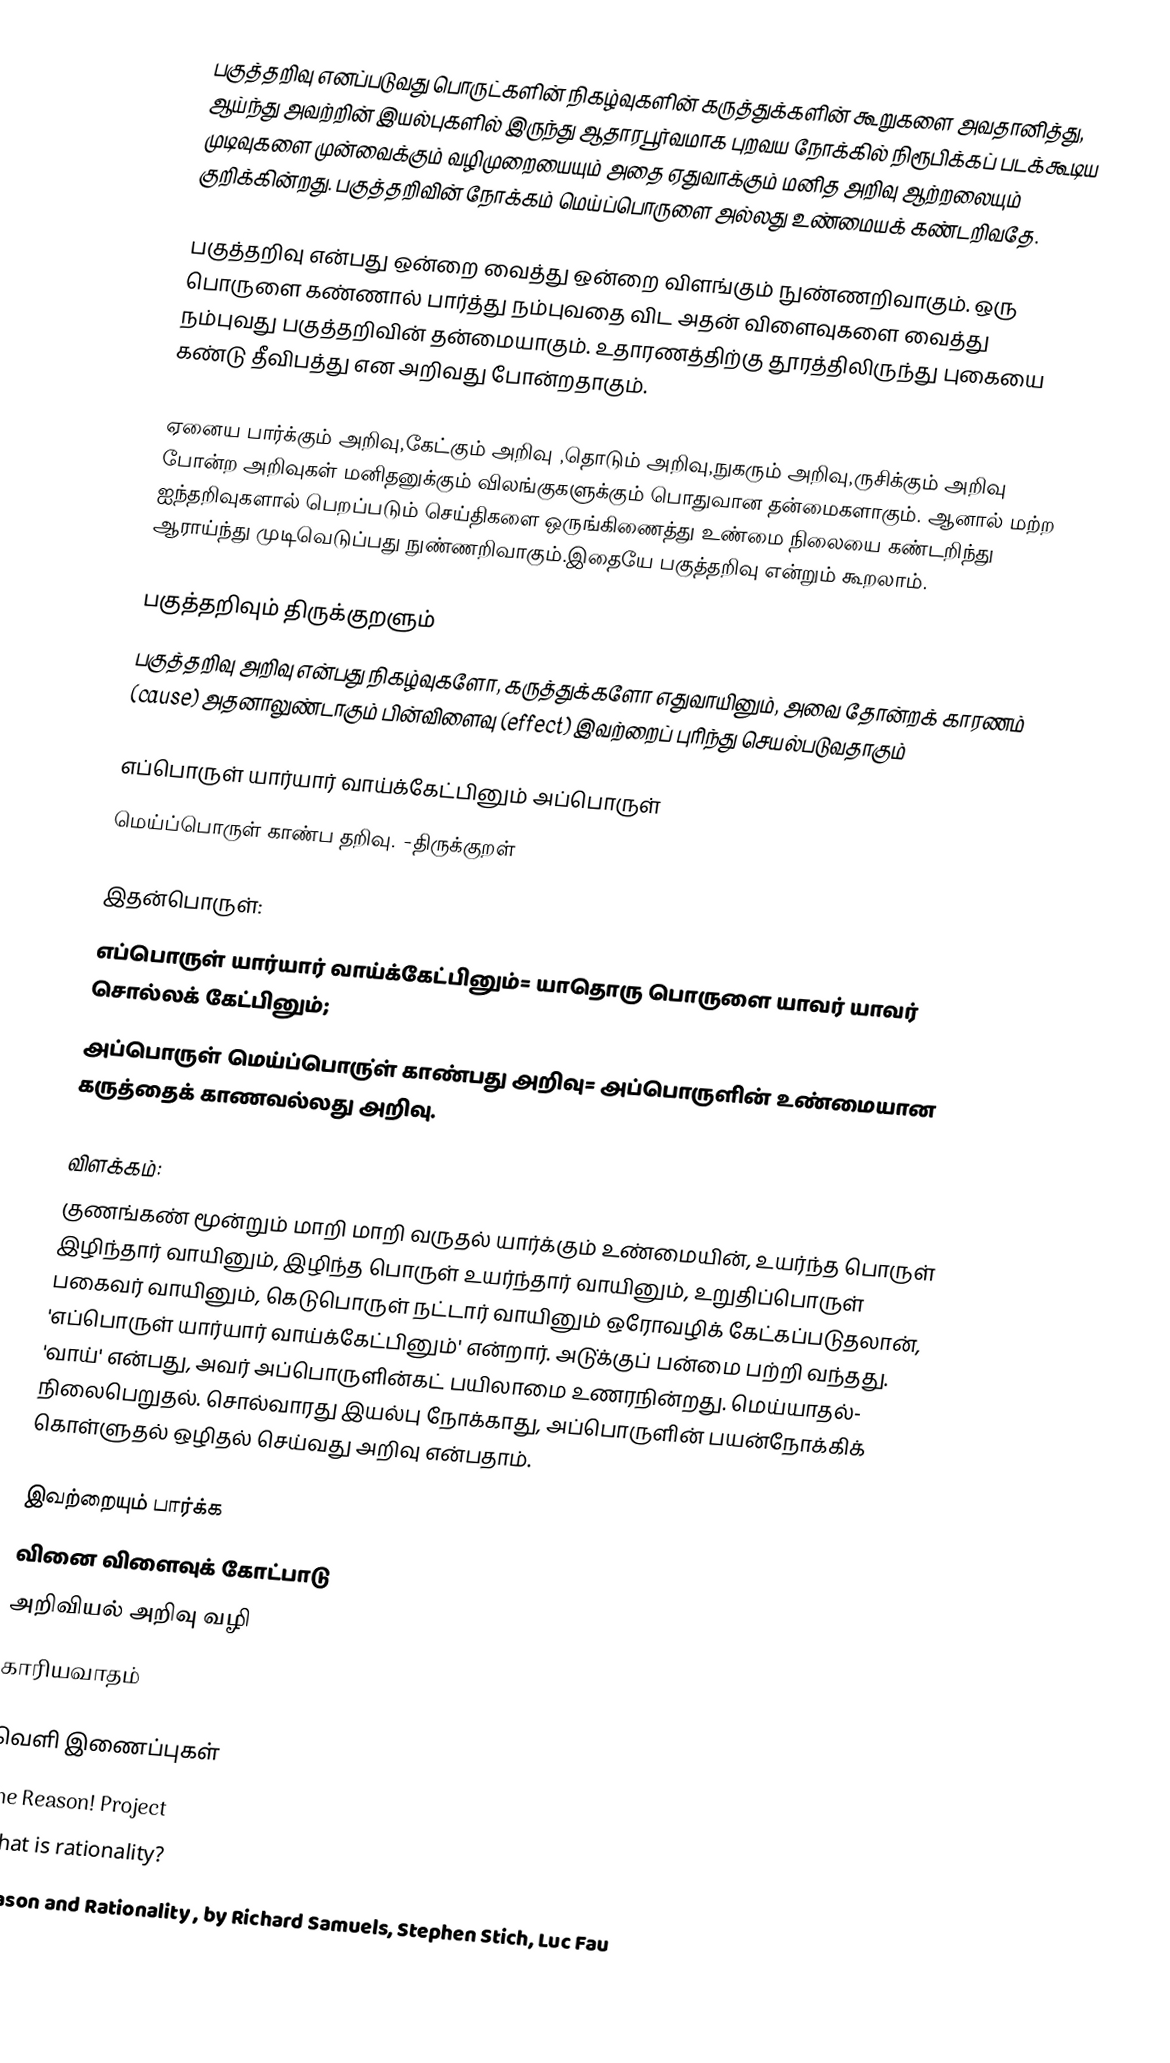
பகுத்தறிவு எனப்படுவது பொருட்களின் நிகழ்வுகளின் கருத்துக்களின் கூறுகளை அவதானித்து, ஆய்ந்து அவற்றின் இயல்புகளில் இருந்து ஆதாரபூர்வமாக புறவய நோக்கில் நிரூபிக்கப் படக்கூடிய முடிவுகளை முன்வைக்கும் வழிமுறையையும் அதை ஏதுவாக்கும் மனித அறிவு ஆற்றலையும் குறிக்கின்றது.  பகுத்தறிவின் நோக்கம் மெய்ப்பொருளை அல்லது உண்மையக் கண்டறிவதே.

பகுத்தறிவு என்பது ஒன்றை வைத்து ஒன்றை விளங்கும் நுண்ணறிவாகும். ஒரு பொருளை கண்ணால் பார்த்து நம்புவதை விட அதன் விளைவுகளை வைத்து நம்புவது பகுத்தறிவின் தன்மையாகும். உதாரணத்திற்கு தூரத்திலிருந்து புகையை கண்டு தீவிபத்து என அறிவது போன்றதாகும்.

ஏனைய பார்க்கும் அறிவு,கேட்கும் அறிவு ,தொடும் அறிவு,நுகரும் அறிவு,ருசிக்கும் அறிவு போன்ற அறிவுகள் மனிதனுக்கும் விலங்குகளுக்கும் பொதுவான தன்மைகளாகும். ஆனால் மற்ற ஐந்தறிவுகளால் பெறப்படும் செய்திகளை ஒருங்கிணைத்து உண்மை நிலையை கண்டறிந்து ஆராய்ந்து முடிவெடுப்பது நுண்ணறிவாகும்.இதையே பகுத்தறிவு என்றும் கூறலாம்.

பகுத்தறிவும் திருக்குறளும்
பகுத்தறிவு அறிவு என்பது நிகழ்வுகளோ, கருத்துக்களோ எதுவாயினும், அவை தோன்றக் காரணம் (cause) அதனாலுண்டாகும் பின்விளைவு (effect) இவற்றைப் புரிந்து செயல்படுவதாகும்

எப்பொருள் யார்யார் வாய்க்கேட்பினும் அப்பொருள்
மெய்ப்பொருள் காண்ப தறிவு.  -திருக்குறள்

இதன்பொருள்:
எப்பொருள் யார்யார் வாய்க்கேட்பினும்= யாதொரு பொருளை யாவர் யாவர் சொல்லக் கேட்பினும்;
அப்பொருள் மெய்ப்பொரு்ள் காண்பது அறிவு= அப்பொருளின் உண்மையான கருத்தைக் காணவல்லது அறிவு.

விளக்கம்:
குணங்கண் மூன்றும் மாறி மாறி வருதல் யார்க்கும் உண்மையின், உயர்ந்த பொருள் இழிந்தார் வாயினும், இழிந்த பொருள் உயர்ந்தார் வாயினும், உறுதிப்பொருள் பகைவர் வாயினும், கெடுபொருள் நட்டார் வாயினும் ஒரோவழிக் கேட்கப்படுதலான், 'எப்பொருள் யார்யார் வாய்க்கேட்பினும்' என்றார். அடு்க்குப் பன்மை பற்றி வந்தது. 'வாய்' என்பது, அவர் அப்பொருளின்கட் பயிலாமை உணரநின்றது. மெய்யாதல்- நிலைபெறுதல். சொல்வாரது இயல்பு நோக்காது, அப்பொருளின் பயன்நோக்கிக் கொள்ளுதல் ஒழிதல் செய்வது அறிவு என்பதாம்.

இவற்றையும் பார்க்க
 வினை விளைவுக் கோட்பாடு
 அறிவியல் அறிவு வழி
 காரியவாதம்

வெளி இணைப்புகள்
 The Reason! Project
What is rationality?
 Reason and Rationality , by Richard Samuels, Stephen Stich, Luc Fau